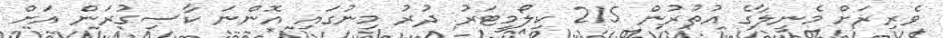
ވެރިރަށް މެނީލާގެ އުތުރުން 215 ކިލޯމީޓަރު ދުރު މިނުގައި އޮންނަ ކާސިގުރަން އަށް